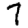
Digit: 7